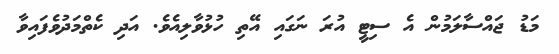
މަޑު ޖައްސާލަމުން އެ ސިޓީ އުރަ ނަގައި އޭތި ހުޅުވާލިއެވެ. އަދި ކެތްމަދުވެފައިވާ